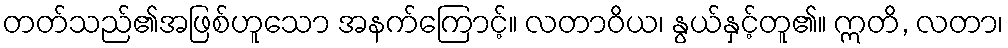
တတ်သည်၏အဖြစ်ဟူသော အနက်ကြောင့်။ လတာဝိယ၊ နွယ်နှင့်တူ၏။ ဣတိ, လတာ၊